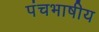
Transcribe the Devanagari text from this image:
पंचभाषीय